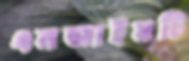
এনজাইমটি